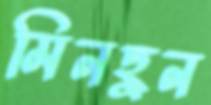
মিনহুন